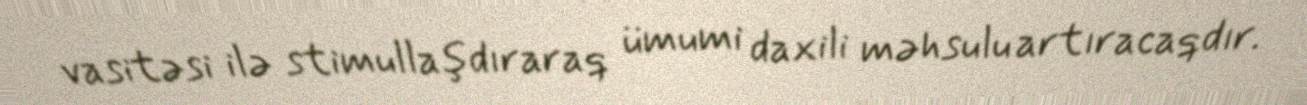
vasitəsi ilə stimullaşdıraraq ümumi daxili məhsulu artıracaqdır.